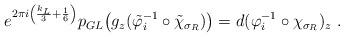
LaTeX: \begin{align*} e^{2\pi i \left(\frac{k_L}{3} + \frac{1}{6}\right)} p_{GL}\big( g_z( \tilde{\varphi}_i^{-1}\circ \tilde{\chi}_{\sigma_R} ) \big) = d(\varphi_i^{-1}\circ \chi_{\sigma_R})_z \ . \end{align*}